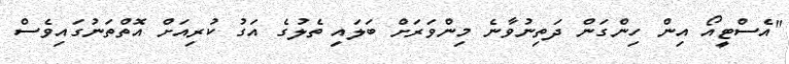
"އެސްޓީއޯ އިން ހިންގަން ދަތިނުވާނެ މިންވަރަށް ބަލައި ތެލުގެ އަގު ކުރިއަށް އޮތްތަނުގައިވެސް